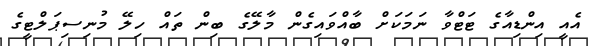
އެއީ އިންޑިއާގެ ޓަޓްވާ ނަމަކަށް ބާއްވައިގެން މާލޭގެ ބިން ތައް ހިލޭ މުނިސިޕަލްޓީގެ